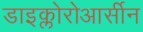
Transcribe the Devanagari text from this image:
डाइक्लोरोआर्सीन